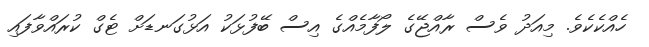
ހެއްކެކެވެ. މިއަދު ވެސް ރާއްޖޭގެ ލޯފާމެއްގެ އިސް ބޭފުޅަކު އަޅުގަނޑަށް ޓެގް ކުރައްވާފައި